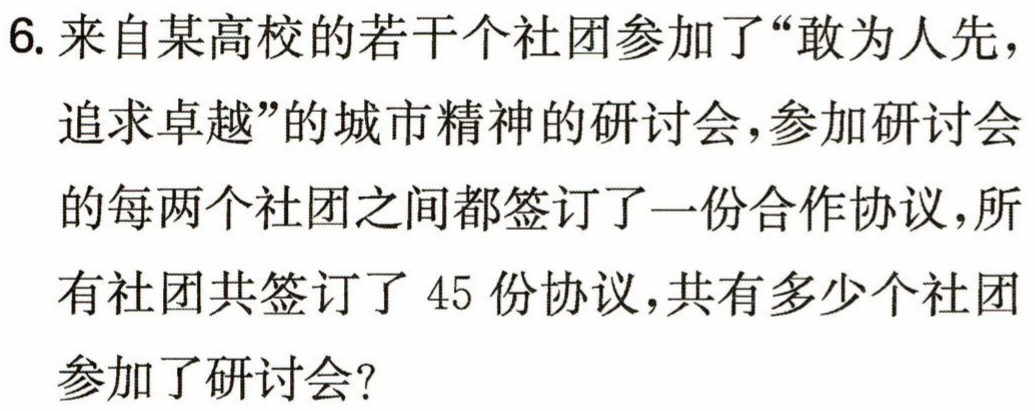
6. 来自某高校的若干个社团参加了“敢为人先，
追求卓越”的城市精神的研讨会，参加研讨会
的每两个社团之间都签订了一份合作协议，所
有社团共签订了 45 份协议，共有多少个社团
参加了研讨会？